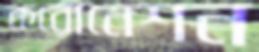
করোনেশন